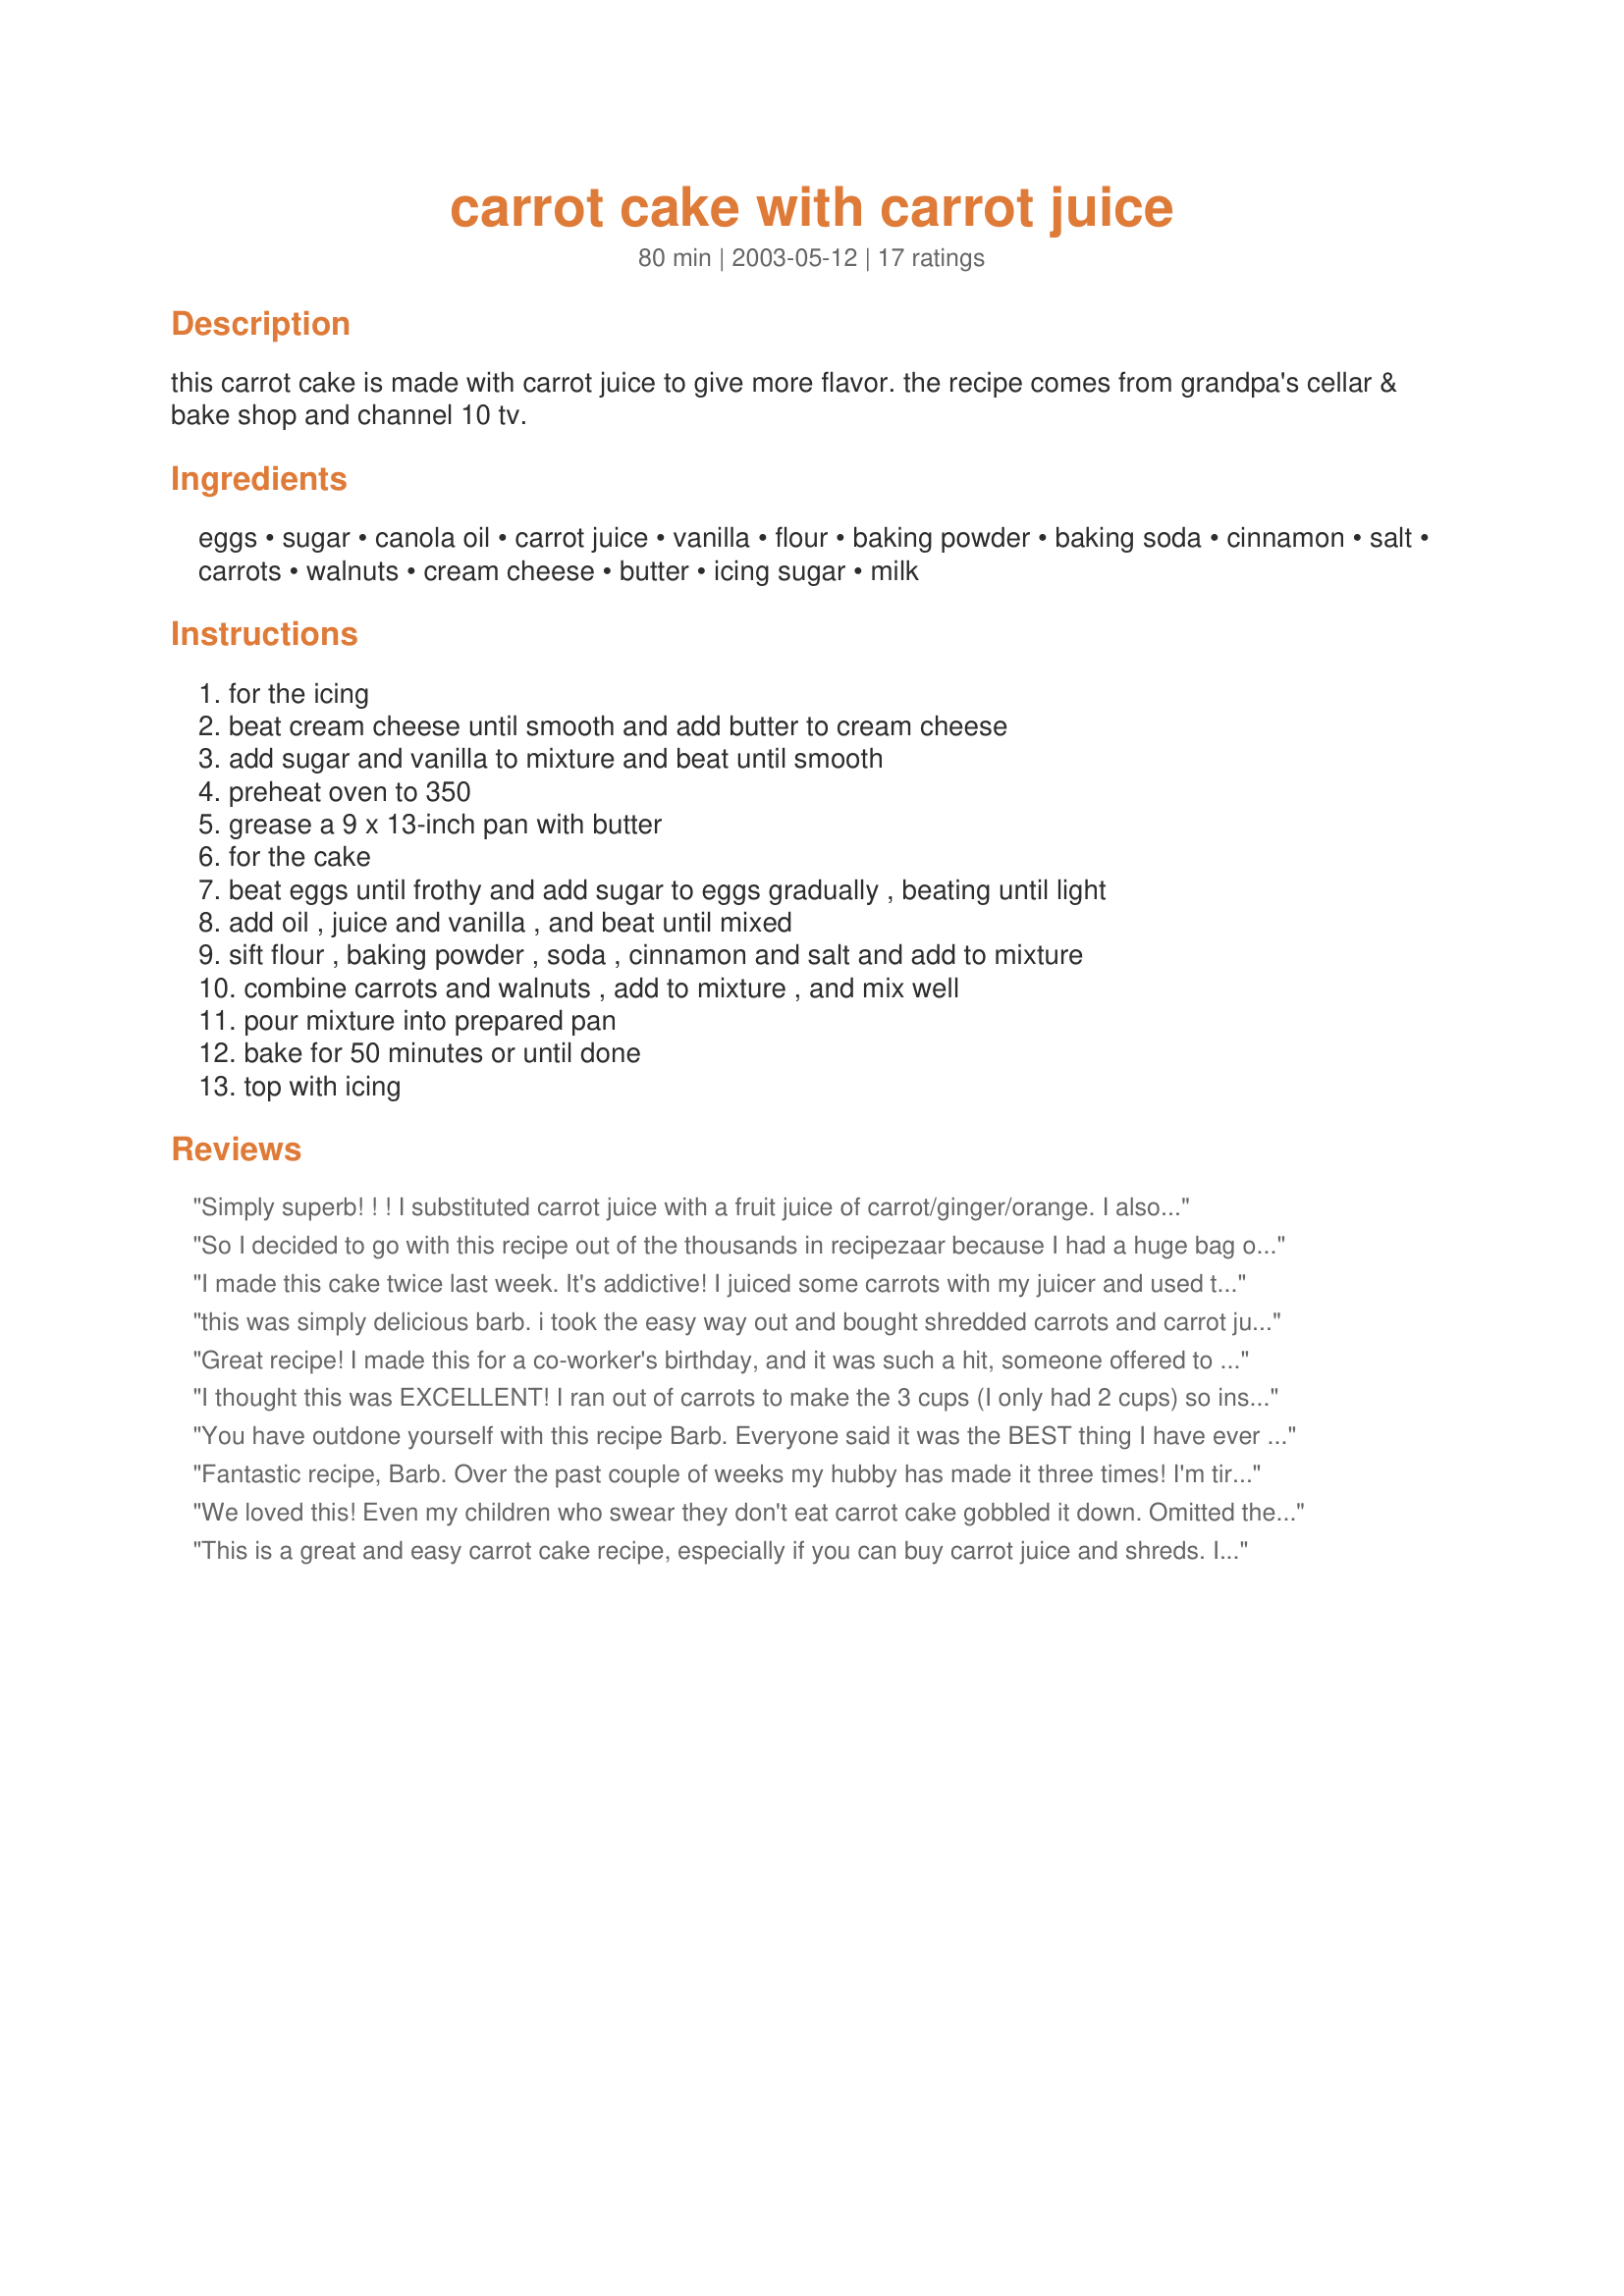
carrot cake with carrot juice
Preparation time: 80 minutes

this carrot cake is made with carrot juice to give more flavor. the recipe comes from grandpa's cellar & bake shop and channel 10 tv.

Ingredients:
eggs, sugar, canola oil, carrot juice, vanilla, flour, baking powder, baking soda, cinnamon, salt, carrots, walnuts, cream cheese, butter, icing sugar, milk

Steps:
for the icing, beat cream cheese until smooth and add butter to cream cheese, add sugar and vanilla to mixture and beat until smooth, preheat oven to 350, grease a 9 x 13-inch pan with butter, for the cake, beat eggs until frothy and add sugar to eggs gradually , beating until light, add oil , juice and vanilla , and beat until mixed, sift flour , baking powder , soda , cinnamon and salt and add to mixture, combine carrots and walnuts , add to mixture , and mix well, pour mixture into prepared pan, bake for 50 minutes or until done, top with icing

Reviews:
Simply superb! ! ! I substituted carrot juice with a fruit juice of carrot/ginger/orange. I also used a moist brown sugar. The texture was moist but light. My biggest critics couldn't get enough! ! ! ! !
So I decided to go with this recipe out of the thousands in recipezaar because I had a huge bag of carrots that I wanted to use up and I thought I would end up using more carrots by being able to juice them.

I LOVED this recipe! It ended up looking like the one in the picture. It's not terribly sweet and I used the pulp from making the carrot juice and using it as my grated carrots for the cake. I will definitely be making this one again. My co-workers loved it. It was SO moist!
I made this cake twice last week. It's addictive! I juiced some carrots with my juicer and used the pulp from them in place of the nuts along with the grated carrots as well. I also added about a 1/4 teaspoon of lemon juice to the frosting and about a 1/2 teaspoon of lemon juice to the cake batter to brighten it up. Also instead of the oil I melted about a half a cup of butter and upped the carrot juice to a cup in total. I also cut down on the butter in the frosting. I also halfed this recipe and took about 10 minutes off the cooking time the second time but my boyfriend gobbled half of it almost directly out of the oven. This cake is even better after being refrigerated overnight. Thanks for the delicious and easy recipe.
this was simply delicious barb. i took the easy way out and bought shredded carrots and carrot juice at trader joes. i also added a tsp of vanilla to the cream cheese frosting, and apoximated the conf sugar, i had about half of a 2 lb bag. turned out great.
Great recipe! I made this for a co-worker's birthday, and it was such a hit, someone offered to pay me to make one for her. It's very moist, very flavorful and easy to mix up.
I thought this was EXCELLENT! I ran out of carrots to make the 3 cups (I only had 2 cups) so instead I added a little more carrot juice (1 full cup) to make up for it. Oh and instead of cream cheese, I used the lower fat version, nueftel (I can't spell), and it turned out fine. Excellent recipe, thanks!
You have outdone yourself with this recipe Barb. Everyone said it was the BEST thing I have ever made. Give most of credit to you. live in a small town, did have trouble finding carrot juice. Drove 30 min to bigger city paid almost $3 for the carrot juice. But it was well worth it. The only thing I will change the next time is I wont add that much walnuts in the cake. I did add them to the top of icing also.I know what I'm bring to Thankgiving this year.
Fantastic recipe, Barb. Over the past couple of weeks my hubby has made it three times! I'm tired of hearing the juicer running! This last time he made it he didn't even put icing on it and it was still delicious! Excellent!
We loved this! Even my children who swear they don't eat carrot cake gobbled it down. Omitted the nuts, otherwise no changes. Cake was moist and stayed lovely for several days in the fridge. I found this recipe when looking to use up some carrot juice, now I have to buy more to make it again! Thanks for sharing the recipe!
This is a great and easy carrot cake recipe, especially if you can buy carrot juice and shreds. I've brought this to work and many people like the fact that it is not an overly sweet cake. This cake also freezes well. Since there are only two in my household it is nice to be able to cut the cake up into individual servings and freeze for later.
This was wonderful very rich and dense needs to be kept refrigerated. but take it out before dinner to soften that rich moist frosting. Loved it!!!
With the extra step of juicing carrots for fresh carrot juice, I really wish it would have come through in the flavour more. A great carrot cake though, and I appreciate that it is "healthier" with all the added carrots:)
I've made quite a few carrot cakes on Zaar now, and while this was good - if I had to compare, it did not rank right up there with the best of them. I suppose the juice in place of the extra oil that most other recipes have, gave it a lighter, more fluffy texture instead of the moist, dense texture that I prefer in carrot cake. Still, this was a good, tasty cake.
We LOVE this recipe... we substitute some apple sauce for the oil and use eggbeaters and different flours and it STILL comes out great each time! This is a GREAT recipe...
This is a wonderful carrot cake recipe. Easy to make and the taste is mervelous. 
I will be making this again real soon.
Flavorful, moist and delicious cake! I rarely eat, and have never made, carrot cake, but this was great! The only reason I made it today was because I purchased some carrot juice that is about to expire and this looked like a fun way to use it up. When I asked DH what he would rate this (and he always rates lower than me), he said, "Five stars, without a doubt". He loved the frosting, too! The only change I made was to add about 1/2 cup less sugar, and we thought it was plenty sweet. Thanks for a great recipe!
This is a great carrot cake,it would be great to take to a potluck too as it makes a large pan.I had carrot juice I wanted to use up and this was a great place to use it!The icing was perfect also,not too sweet or sickly.
